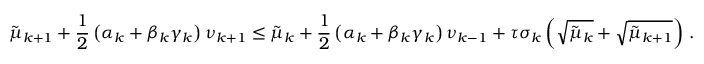
{ \tilde { \mu } } _ { k + 1 } + \frac { 1 } { 2 } \left( { \alpha } _ { k } + { \beta } _ { k } { \gamma } _ { k } \right) { \nu } _ { k + 1 } \leq { \tilde { \mu } } _ { k } + \frac { 1 } { 2 } \left( { \alpha } _ { k } + { \beta } _ { k } { \gamma } _ { k } \right) { \nu } _ { k - 1 } + { \tau } { \sigma } _ { k } \left( \sqrt { { \tilde { \mu } } _ { k } } + \sqrt { { \tilde { \mu } } _ { k + 1 } } \right) \, .